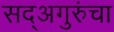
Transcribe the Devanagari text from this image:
सद्‍अगुरुंचा